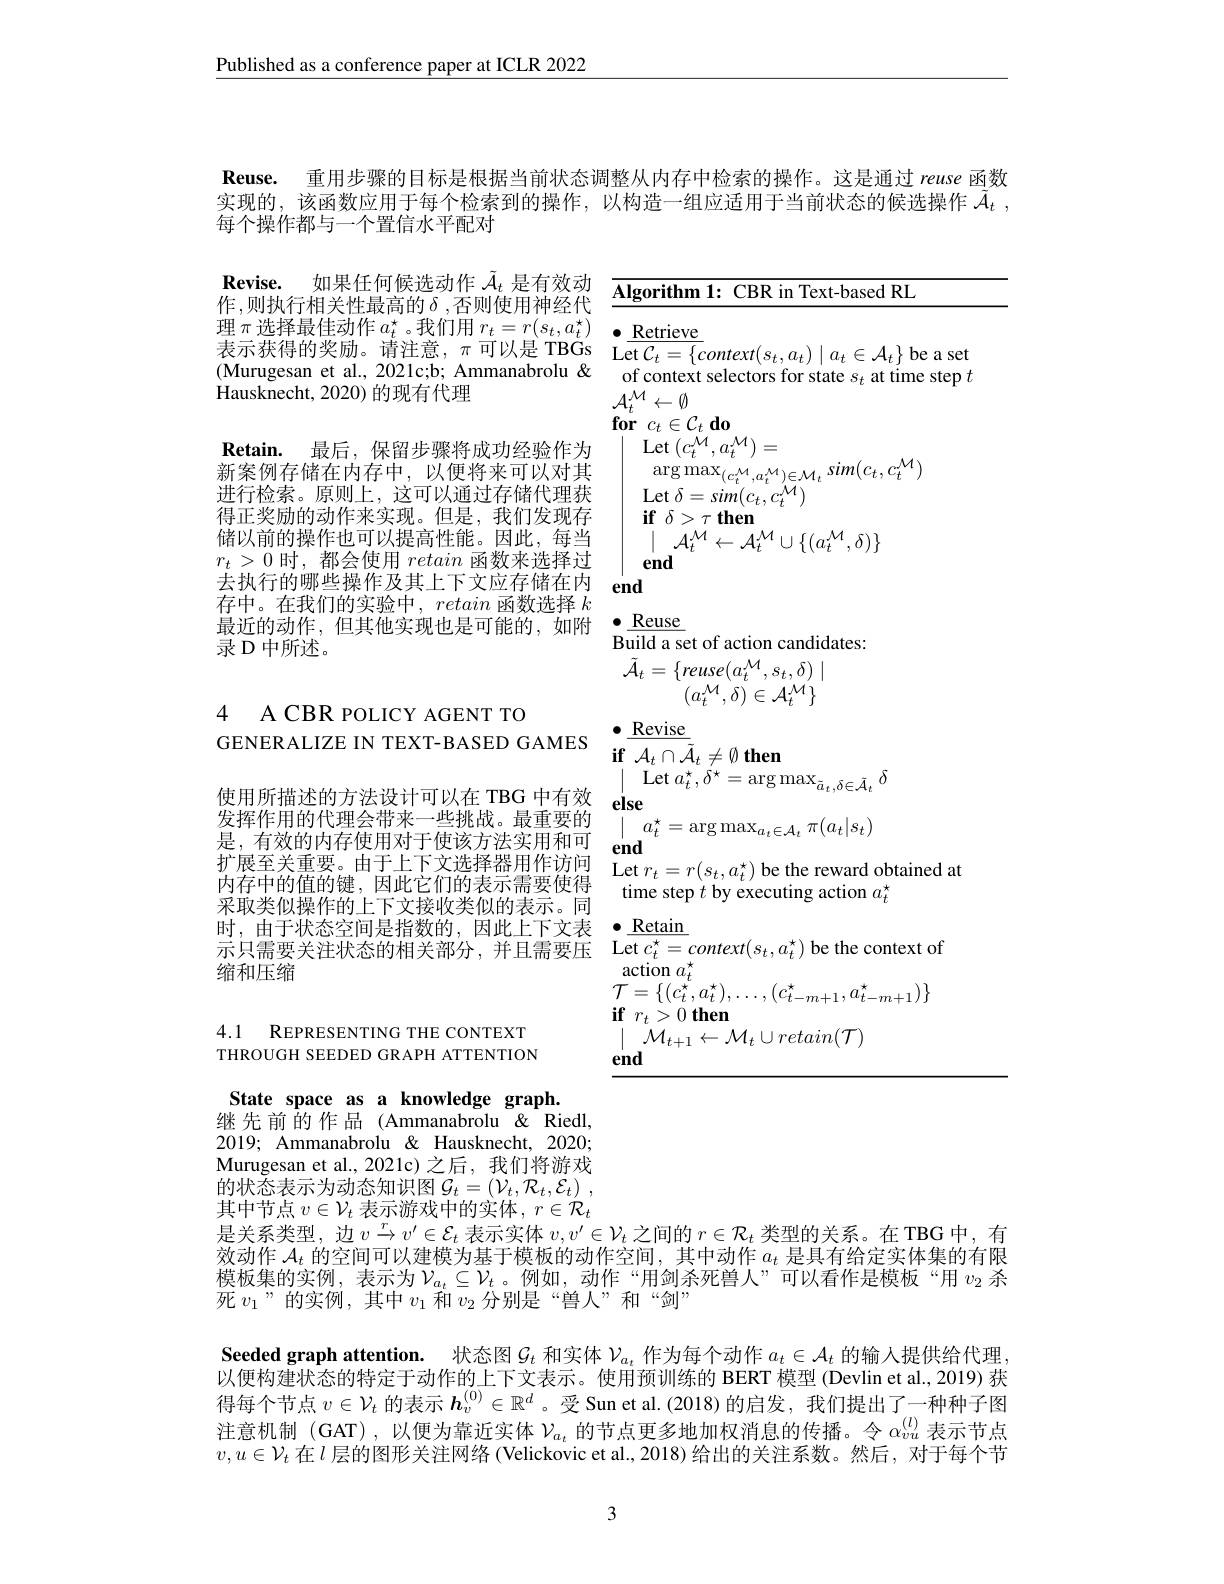
Published as a conference paper at ICLR 2022

Reuse. 重用步骤的目标是根据当前状态调整从内存中检索的操作。这是通过 reuse 函数实现的，该函数应用于每个检索到的操作，以构造一组应适用于当前状态的候选操作$\tilde{\mathcal{A} } _t$ , 每个操作都与一个置信水平配对

of context selectors for state $s_t$ at time step $t$

$\mathcal{A}_t^{\mathcal{M}}\leftarrow\emptyset$

$\textbf{for}c_{t}\in \mathcal{C} _{t}\textbf{do}$

${\mathrm{Let}}\left(c_{t}^{\mathcal{M}},a_{t}^{\mathcal{M}}\right)=$

$\textbf{Revise. 如 果 任 何 候 选 动 作 }\tilde{\mathcal{A} } _t$是有效动$\overline{\text{Algorithm 1: CBR in Text-based RL}}$
作，则执行相关性最高的 $\delta$,否则使用神经代
理 $\pi$选 择 最 佳 动 作 $a_t^\star$。我 们 用 $r_t= r( s_t, a_t^\star )$ $\bullet \frac {\text{Retrieve}}{a_t}$
表 示 获 得 的 奖 励 。请 注 意 , $\pi$可 以 是 TBGs Let $\overline {C_t= \{ context( s_t, a_t) \mid a_t\in \mathcal{A} _t\} }$be a set $\text{Murugaan at dl 2001ch: Ammanbrolu }\$
(Murugesan et al., 2021c;b; Ammanabrolu &
$\bar{\text{Hausknecht, 2020) 的现有代理}}$
$\mathbf{Retain. \:}$最后，保留步骤将成功经验作为新案例存储在内存中，以便将来可以对其进行检索。原则上，这可以通过存储代理获得正奖励的动作来实现。但是，我们发现存储以前的操作也可以提高性能。因此，每当$r_t>0$时，都会使用retain函数来选择过去执行的哪些操作及其上下文应存储在内存中。在我们的实验中，retain 函数选择$k$ 最近的动作，但其他实现也是可能的，如附$\bullet_{\mathrm{p}}\frac{\mathrm{Reuse}}{\mathrm{min}}$
录 D 中所述。

$\arg\max_{(c_{t}^{\mathcal{M}},a_{t}^{\mathcal{M}})\in\mathcal{M}_{t}}sim(c_{t},c_{t}^{\mathcal{M}})$

$\operatorname*{Let}\delta=sim(c_{t},c_{t}^{\mathcal{M}})$

$\textbf{if}\delta > \tau \textbf{then}$

$\mid_{\mathbf{end}}\mathcal{A}_{t}^{\mathcal{M}}\leftarrow\mathcal{A}_{t}^{\mathcal{M}}\cup\{(a_{t}^{\mathcal{M}},\delta)\}$

end

Build a set of action candidates:

$\tilde{\mathcal{A}}_t=\{reuse(a_t^{\mathcal{M}},s_t,\delta)\mid$

$^{^{^{^{^{\prime}}}}}(a_{t}^{\mathcal{M}},\delta)\in\mathcal{A}_{t}^{\mathcal{M}^{^{\prime}}}\}$

4 A CBR POLICY AGENT TO

$\bullet\underline{\mathrm{Revise}}$

$\textbf{if}{\mathcal{A} }_t\cap \tilde{\mathcal{A} } _t\neq \emptyset$ then

Let $a_t^{\star},\dot{\delta}^{\star}=\arg\max_{\tilde{a}_t,\delta\in\tilde{\mathcal{A}}_t}\delta$
$$a_t^\star=\arg\max_{a_t\in\mathcal{A}_t}\pi(a_t|s_t)$$
end

GENERALIZE IN TEXT-BASED GAMES
使用所描述的方法设计可以在 TBG 中有效 else
发挥作用的代理会带来一些挑战。最重要的是，有效的内存使用对于使该方法实用和可$\begin{array}{cc}\text{扩展至关重要。由于上下文选择器用作访问}&\mathrm{Let~}r_t=r(s_t,a_t^\star)\textbf{be the reward obtained at}\\\text{内在中的值的键 因此它们的表示雲要伸组}&\end{array}$
内存中的值的键，因此它们的表示需要使得采取类似操作的上下文接收类似的表示。同时，由于状态空间是指数的，因此上下文表·Retain
示只需要关注状态的相关部分，并且需要压 Let$c_t^\star=context(s_t,a_t^\star)$ be the context of
缩和压缩

time step $t$ by executing action $a_t^\star$

action $a_t^{\star}$

$\mathcal{T}=\{(c_{t}^{\star},a_{t}^{\star}),\ldots,(c_{t-m+1}^{\star},a_{t-m+1}^{\star})\}$

$\textbf{if}$ $r_{t}> 0$ them

$\mid\mathcal{M}_{t+1}\leftarrow\mathcal{M}_{t}\cup retain(\mathcal{T})$

4.1 REPRESENTING THE CONTEXT THROUGH SEEDED GRAPH ATTENTION

end

State space as a knowledge graph.
继先前的作品(Ammanabrolu&&Riedl, 2019; Ammanabrolu & Hausknecht, 2020; Murugesan et al., 2021c) 之后，我们将游戏的状态表示为动态知识图$\mathcal{G} _t= \left ( \mathcal{V} _t, \mathcal{R} _t, \mathcal{E} _t\right )$ , 其中节点$v\in\mathcal{V}_t$表示游戏中的实体$,r\in\dot{\mathcal{R}}_t$ 是关系类型，边$v\overset{r}{\operatorname*{\to}}v^{\prime}\in\mathcal{E}_t$表示实体$v,v^\prime\in\mathcal{V}_t$之间的$r\in\mathcal{R}_t$类型的关系。在 TBG 中，有效动作$\mathcal{A}_t$的空间可以建模为基于模板的动作空间，其中动作$a_t$是具有给定实体集的有限模板集的实例，表示为$\mathcal{V}_a_t\subseteq\mathcal{V}_t$。例如，动作“用剑杀死兽人”可以看作是模板“用 $v_2$ 杀死$v_1$”的实例，其中$v_1$ 和$v_2$ 分别是“兽人”和“剑”
Seeded graph attention. 状态图$\mathcal{G}_t$和实体$\mathcal{V}_a_t$作为每个动作$a_t\in\mathcal{A}_t$的输人提供给代理以便构建状态的特定于动作的上下文表示。使用预训练的 BERT 模型 (Devlin et al., 2019) 获得每个节点$v\in\mathcal{V}_t$的表示$h_v^{(0)}\in\mathbb{R}^d$ 。受 Sun et al.(2018)的启发，我们提出了一种种子图注意机制 (GAT) ,以便为靠近实体$\mathcal{V}_a_t$的节点更多地加权消息的传播。令$\alpha_vu^{(l)}$表示节点$v,u\in\mathcal{V}_t$在$l$层的图形关注网络 (Velickovic et al., 2018) 给出的关注系数。然后，对于每个节

3